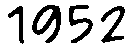
1952